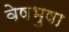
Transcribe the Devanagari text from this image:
वेषभुषा